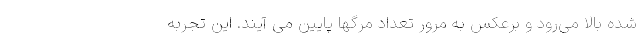
شده بالا می‌رود و برعکس به مرور تعداد مرگها پایین می آیند. این تجربه